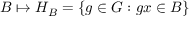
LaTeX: B \mapsto H _ { B } = \{ g \in G : g x \in B \}